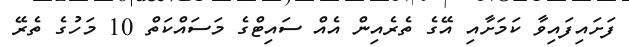
ފަށައިފައިވާ ކަމަށާއި އޭގެ ތެރެއިން އެއް ސައިޓްގެ މަސައްކަތް 10 މަހުގެ ތެރޭ